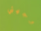
وجهتي